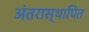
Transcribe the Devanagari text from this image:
अंतरास्थापित